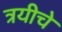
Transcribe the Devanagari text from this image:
त्रयीचे